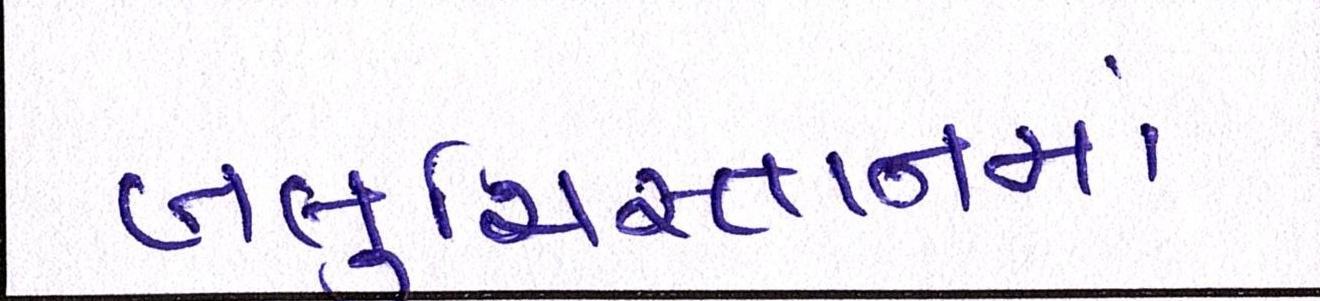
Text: બલુચિસ્તાનમાં